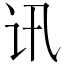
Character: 讯